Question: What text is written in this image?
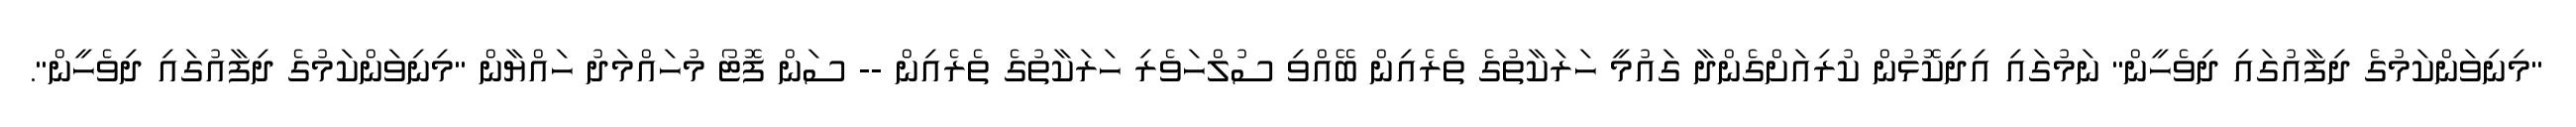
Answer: "މިނިވަންކަމުގެ ދިފާއުގައި ދިވެހީން" ނަމުގައި އިދިކޮޅުން ކުރިއަށްގެންދާ ގައުމީ ހަރަކާތުގެ ތެރެއިން ބޭއްވި ސުލްހަވެރި ހަރަކާތުގެ ތެރެއިން -- ސަން ފޮޓޯ މުހައްމަދު ހައްޔާން "މިނިވަންކަމުގެ ދިފާއުގައި ދިވެހީން".